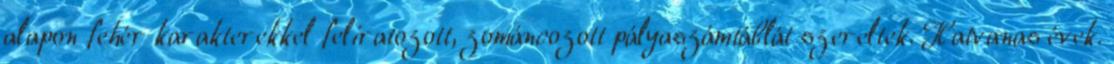
alapon fehér karakterekkel feliratozott, zománcozott pályaszámtáblát szereltek. Hatvanas évek.